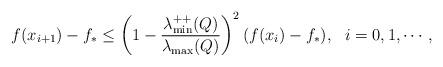
LaTeX: \begin{align*} f(x_{i+1})-f_*\leq \left(1- \frac{\lambda^{++}_{\min}(Q)}{ \lambda_{\max}(Q)}\right)^2 (f(x_{i})-f_*), ~~i=0, 1, \cdots,\end{align*}